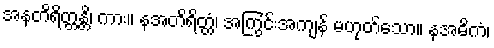
အနတိရိတ္တန္တိ၊ ကား။ နအတိရိတ္တံ၊ အကြွင်းအကျန် မဟုတ်သော။ နအဓိကံ၊